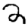
Digit: 2